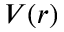
V ( r )